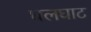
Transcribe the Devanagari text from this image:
घलघाट